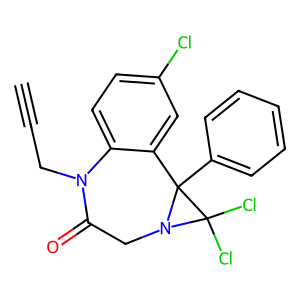
SMILES: C#CCN1C(=O)CN2C(Cl)(Cl)C2(c2ccccc2)c2cc(Cl)ccc21
Inhibits HIV replication: No